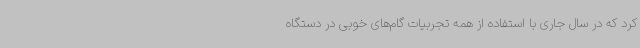
کرد که در سال جاری با استفاده از همه تجربیات گام‌های خوبی در دستگاه